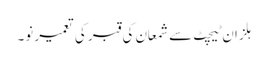
ہلزان ٹیچٹ سے شمعان کی قبر کی تعمیر نو۔